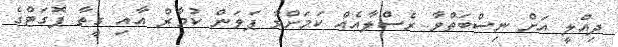
ދިއްލީ އަށް ނިސްބަތްވާ ރެސްލާއެއް ކަމަށްވާ ޕަވަން ކުމާރް އާއި ގީތާ ޕޮގަޓްގެ